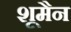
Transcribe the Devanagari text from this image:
शूमैन